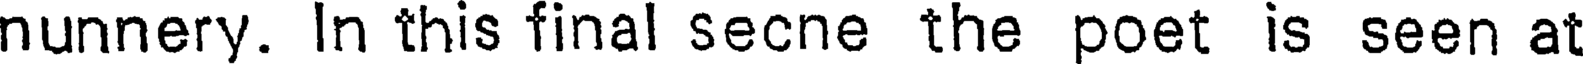
nunnery. In this final secne the poet is seen at